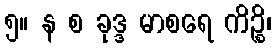
၅။ န စ ခုဒ္ဒ မာစရေ ကိဉ္စိ၊